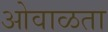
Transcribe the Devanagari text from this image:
ओवाळता